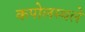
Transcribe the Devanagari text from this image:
कपोलस्थले